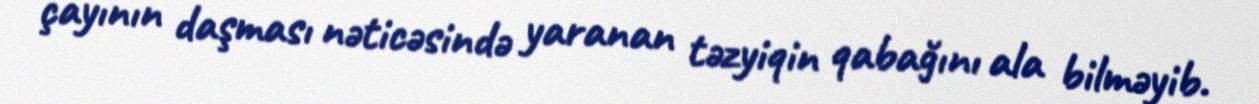
çayının daşması nəticəsində yaranan təzyiqin qabağını ala bilməyib.